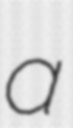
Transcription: a